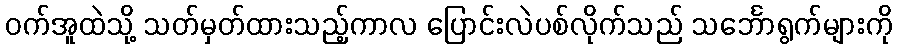
ဝက်အူထဲသို့ သတ်မှတ်ထားသည့်ကာလ ပြောင်းလဲပစ်လိုက်သည် သင်္ဘောရွက်များကို